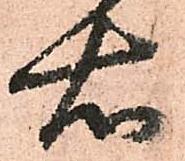
右